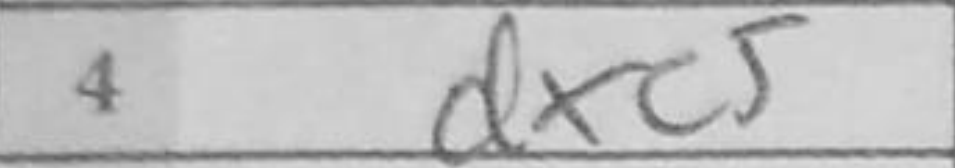
Transcription: dxc5